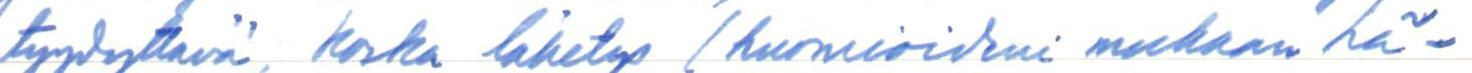
tyydyttävä, koska lähetys (huomioideni mukaan hä-